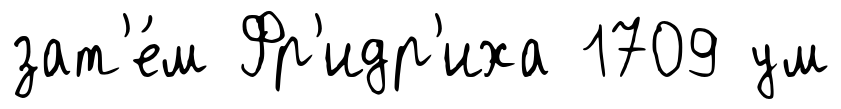
зат'е́м Фр'идр'иха 1709 ум